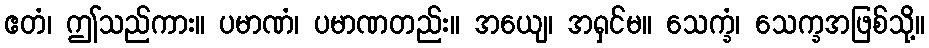
ဧတံ၊ ဤသည်ကား။ ပမာဏံ၊ ပမာဏတည်း။ အယျေ၊ အရှင်မ။ သေက္ခံ၊ သေက္ခအဖြစ်သို့။